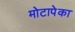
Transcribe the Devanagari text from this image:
मोटापेका